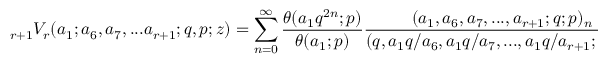
\displaystyle { } _ { r + 1 } V _ { r } ( a _ { 1 } ; a _ { 6 } , a _ { 7 } , . . . a _ { r + 1 } ; q , p ; z ) = \sum _ { n = 0 } ^ { \infty } { \frac { \theta ( a _ { 1 } q ^ { 2 n } ; p ) } { \theta ( a _ { 1 } ; p ) } } { \frac { ( a _ { 1 } , a _ { 6 } , a _ { 7 } , . . . , a _ { r + 1 } ; q ; p ) _ { n } } { ( q , a _ { 1 } q / a _ { 6 } , a _ { 1 } q / a _ { 7 } , . . . , a _ { 1 } q / a _ { r + 1 } ; q , p ) _ { n } } } ( q z ) ^ { n }